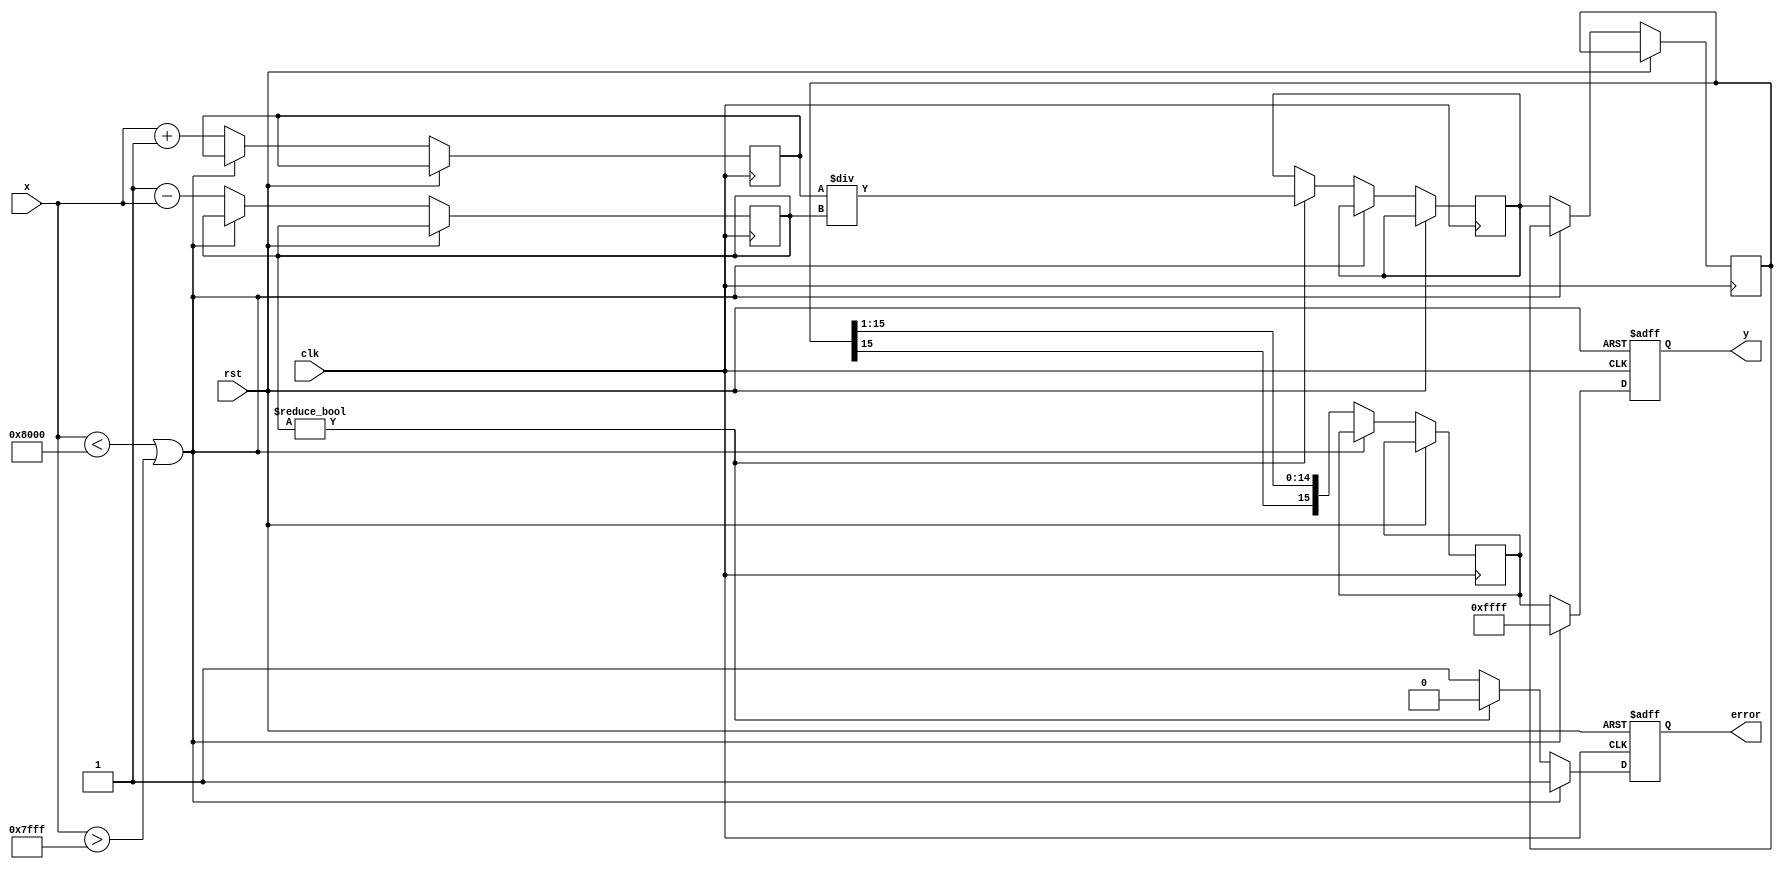
module atanh_block (
    input wire clk,
    input wire rst,
    input wire [15:0] x, // Fixed-point representation of x in Q1.15 format
    output reg [15:0] y,  // Fixed-point representation of atanh(x) in Q1.15 format
    output reg error      // Error flag for out-of-range inputs
);

    // Internal signals
    wire signed [15:0] one_plus_x;
    wire signed [15:0] one_minus_x;
    wire signed [15:0] z; // z = (1 + x) / (1 - x)
    wire signed [15:0] ln_z; // ln(z)
    reg signed [15:0] ln_half; // ln(z) / 2

    // Range Check
    always @(posedge clk or posedge rst) begin
        if (rst) begin
            error <= 0;
            y <= 0;
        end else begin
            if (x < 16'h8000 || x > 16'h7FFF) begin // Check if x is in (-1, 1)
                error <= 1;
                y <= 16'hFFFF; // Return NaN or a predefined error value
            end else begin
                error <= 0;

                // Compute 1 + x and 1 - x
                one_plus_x <= x + 16'h0001; // 1 + x
                one_minus_x <= 16'h0001 - x; // 1 - x
                
                // Compute z = (1 + x) / (1 - x)
                if (one_minus_x != 0) begin
                    z <= one_plus_x / one_minus_x; // Division
                end else begin
                    error <= 1;
                    y <= 16'hFFFF; // Return NaN or a predefined error value
                end

                // Compute ln(z) using a simple approximation (to be replaced with a real implementation)
                ln_z <= simple_log(z); // Replace with a proper logarithm function

                // Compute y = 0.5 * ln(z)
                ln_half <= ln_z >>> 1; // Shift right to divide by 2
                y <= ln_half;
            end
        end
    end

    // Simple logarithm function (placeholder)
    function [15:0] simple_log;
        input signed [15:0] z;
        begin
            // This is just a placeholder for logarithm. Implement proper logarithm here.
            // For demonstration, we can return a fixed value or a rough approximation.
            simple_log = z; // Replace this with actual logarithm logic
        end
    endfunction

endmodule